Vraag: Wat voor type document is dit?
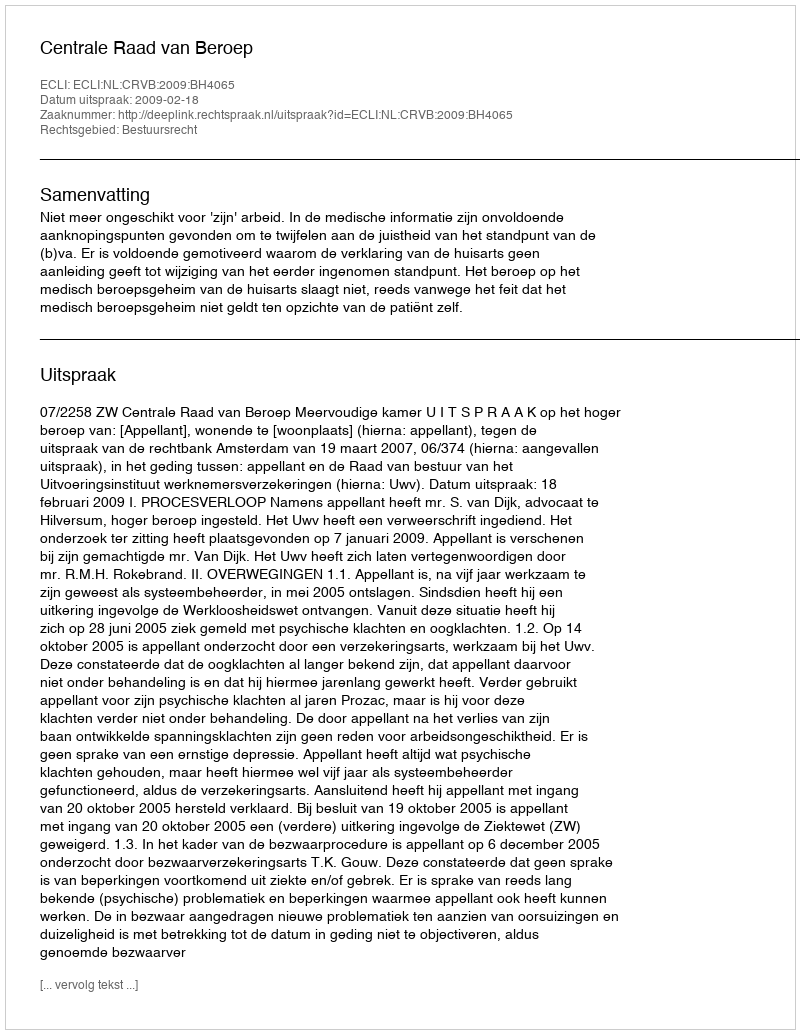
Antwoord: Uitspraak